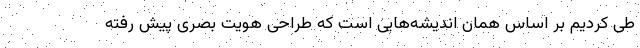
طی کردیم بر اساس همان اندیشه‌هایی است که طراحی هویت بصری پیش رفته